Rangoon Lunatic Asylum 1893-1897 - 1893-1897
Year: 1893
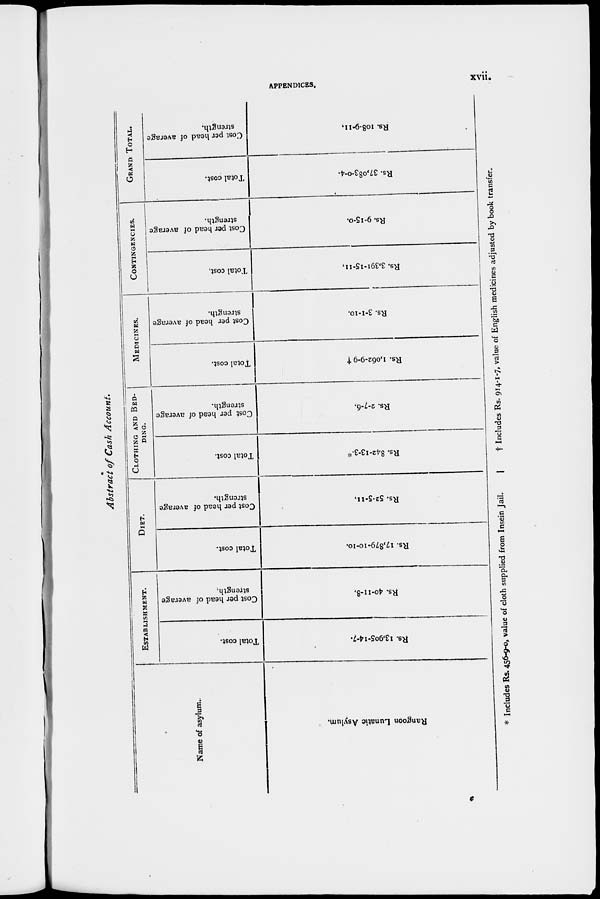
xvii.
Abstract of Cash Account.
Name of asylum-
Rangoon Lunatic Asylum.
ESTABLISHMENT.
Total cost.
Rs. 13,905-14-7.
Cost per head of average
strength.
Rs. 40-11-8.
DIET.
Total cost.
Rs. 17,879-10-10.
Cost per head of average
strength.
Rs. 52-5-11.
CLOTHING AND BED-
-----
Total cost.
Rs. 842-13-3.*
Cost per head of average
strength.
Rs. 2-7-6.
MEDICINES.
Total cost.
Rs. 1,062-9-9. †
Cost per head of average
strength.
Rs. 3-1-10.
CONTINGENCIES.
Total cost.
Rs. 3,391-15-11.
Cost per head of average
strength.
Rs. 9-15-0.
GRAND TOTAL.
Total cost.
Rs. 37,083-0-4.
Cost per head of average
strength.
Rs. 108-9-11.
* Includes Rs. 456-9-0, value of cloth supplied from Insein Jail.
|
† Includes Rs. 914-1-7, value of English medicines adjusted by book transfer.